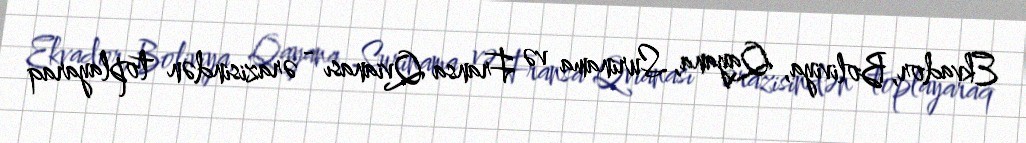
Ekvador, Boliviya, Qayana, Surinama və Fransa Qvianası - ərazisindən toplayaraq